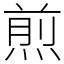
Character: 煎